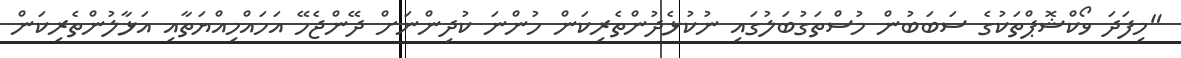
"މިފަދަ ވޯކްޝޮޕްތަކުގެ ސަބަބުން މުސްތަގުބަލުގައި ނުކުޅެދުންތެރިކަން ހުންނަ ކުދިންނަށް ދޭންޖެހޭ އަހައްމިއްޔަތާއި އަޅާލުންތެރިކަން